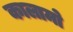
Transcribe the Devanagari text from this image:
कालामो